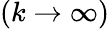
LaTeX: (k\rightarrow\infty)